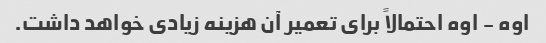
اوه - اوه احتمالاً برای تعمیر آن هزینه زیادی خواهد داشت.